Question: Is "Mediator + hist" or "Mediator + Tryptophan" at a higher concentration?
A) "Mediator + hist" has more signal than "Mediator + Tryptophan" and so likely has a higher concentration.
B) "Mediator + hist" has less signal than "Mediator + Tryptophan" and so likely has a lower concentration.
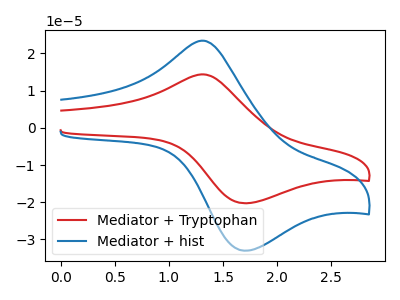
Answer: <think>The red curve "Mediator + Tryptophan" has an anodic peak at (1.30V, 14.35uA) and a cathodic peak at (1.70V, -20.25uA). The blue curve "Mediator + hist" has an anodic peak at (1.30V, 23.40uA) and a cathodic peak at (1.70V, -33.00uA).
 All the peaks in "Mediator + hist" have a peak in "Mediator + Tryptophan" at the same potential. Every peak in "Mediator + hist" is higher than every peak in "Mediator + Tryptophan".</think>
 <answer>A) "Mediator + hist" has more signal than "Mediator + Tryptophan" and so likely has a higher concentration.</answer>
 <eval>A</eval>